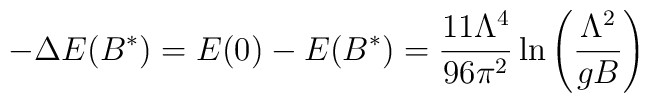
-\Delta E(B^*)= E(0) - E(B^*) ={11\Lambda^4\over96\pi^2}\ln\left({\Lambda^2\over gB}\right)